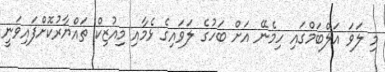
މި ލަވަ އަލްބަމްގައި ހިމެނޭ އަށް ބަހުގެ ލަވައިގެ ޅެމާއި މިއުޒިކް ތައްޔާރުކޮށްފައިވަނީ